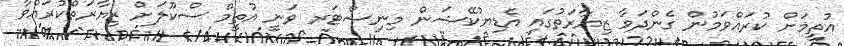
އުތީމަށް ކުރައްވަމުން ގެންދަވާ ޒިޔާރަތުގައި އެޑިޔުކޭޝަން މިނިސްޓަރ ވަނީ އުތީމް ސްކޫލަށް ޒިޔާރަތްކުރައްވާ